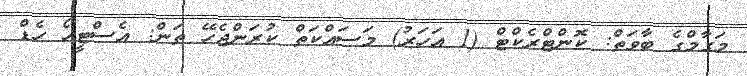
މަގާމްގެ ބާވަތް: ކޮންޓްރެކްޓް (1 އަހަރު) މަސައްކަތް ކުރަންޖެހޭ ތަން: އެސްޓީއޯ ހެޑް